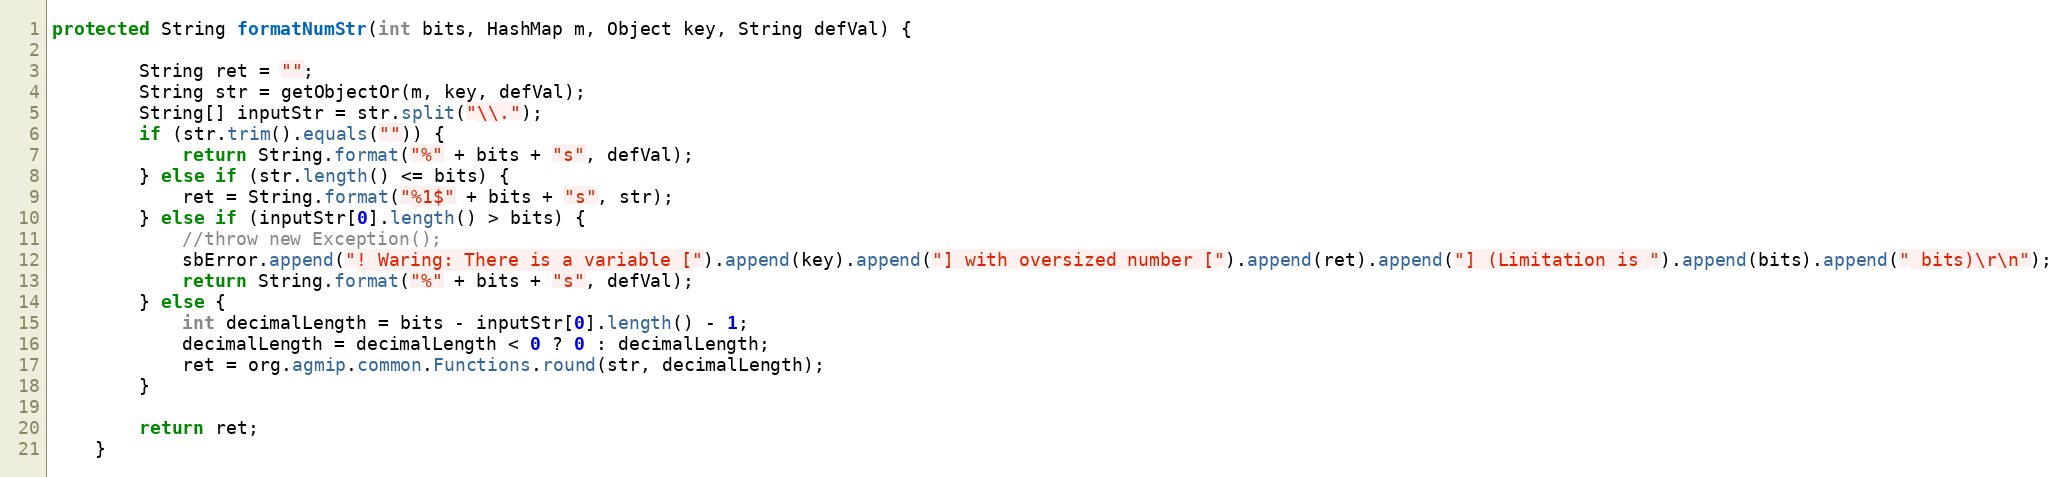
Language: Java
protected String formatNumStr(int bits, HashMap m, Object key, String defVal) {

        String ret = "";
        String str = getObjectOr(m, key, defVal);
        String[] inputStr = str.split("\\.");
        if (str.trim().equals("")) {
            return String.format("%" + bits + "s", defVal);
        } else if (str.length() <= bits) {
            ret = String.format("%1$" + bits + "s", str);
        } else if (inputStr[0].length() > bits) {
            //throw new Exception();
            sbError.append("! Waring: There is a variable [").append(key).append("] with oversized number [").append(ret).append("] (Limitation is ").append(bits).append(" bits)\r\n");
            return String.format("%" + bits + "s", defVal);
        } else {
            int decimalLength = bits - inputStr[0].length() - 1;
            decimalLength = decimalLength < 0 ? 0 : decimalLength;
            ret = org.agmip.common.Functions.round(str, decimalLength);
        }

        return ret;
    }